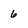
Character: 6